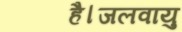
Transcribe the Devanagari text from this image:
है।जलवायु